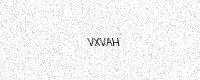
Text: VXVAH